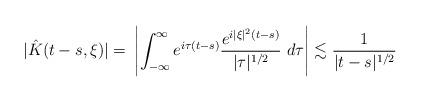
LaTeX: \begin{align*}|\hat K(t-s,\xi)|=&\ \left|\int^\infty_{-\infty} e^{i\tau(t-s)} \frac{e^{i|\xi|^2(t-s)}}{|\tau|^{1/2}}\ d\tau \right|\lesssim \frac{1}{|t-s|^{1/2}}\end{align*}